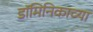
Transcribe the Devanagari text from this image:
डॉमिनिकाच्या